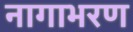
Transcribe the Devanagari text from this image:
नागाभरण